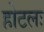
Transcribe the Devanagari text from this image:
होटलः